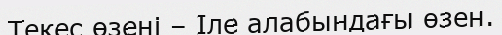
Текес өзені – Іле алабындағы өзен.